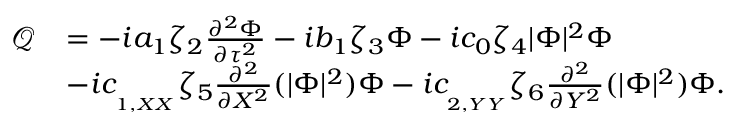
\begin{array} { r l } { \mathcal { Q } } & { = - i a _ { 1 } \zeta _ { 2 } \frac { \partial ^ { 2 } \Phi } { \partial \tau ^ { 2 } } - i b _ { 1 } \zeta _ { 3 } \Phi - i c _ { 0 } \zeta _ { 4 } | \Phi | ^ { 2 } \Phi } \\ & { - i c _ { _ { _ { 1 , X X } } } \zeta _ { 5 } \frac { \partial ^ { 2 } } { \partial X ^ { 2 } } ( | \Phi | ^ { 2 } ) \Phi - i c _ { _ { _ { 2 , Y Y } } } \zeta _ { 6 } \frac { \partial ^ { 2 } } { \partial Y ^ { 2 } } ( | \Phi | ^ { 2 } ) \Phi . } \end{array}